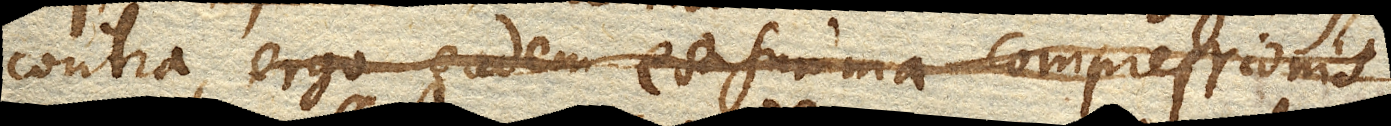
contra, ergo eadem est summa compressionis